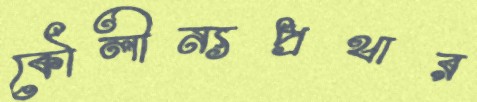
কৌলীন্যপ্রথার